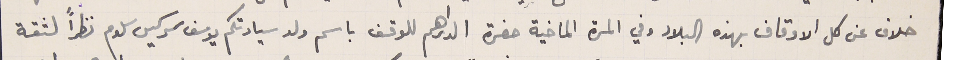
خلاف عن كل الاوقاف بهذه البلاد وفي المرة الماضية حضرة الدراهم للوقف باسم ولد سيادتكم يوسف سركيس سلوم نظراً لثقة